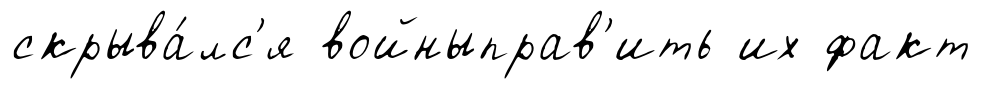
скрыва́лс'я войныправ'ить их факт